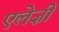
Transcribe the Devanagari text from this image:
एलेज़ी